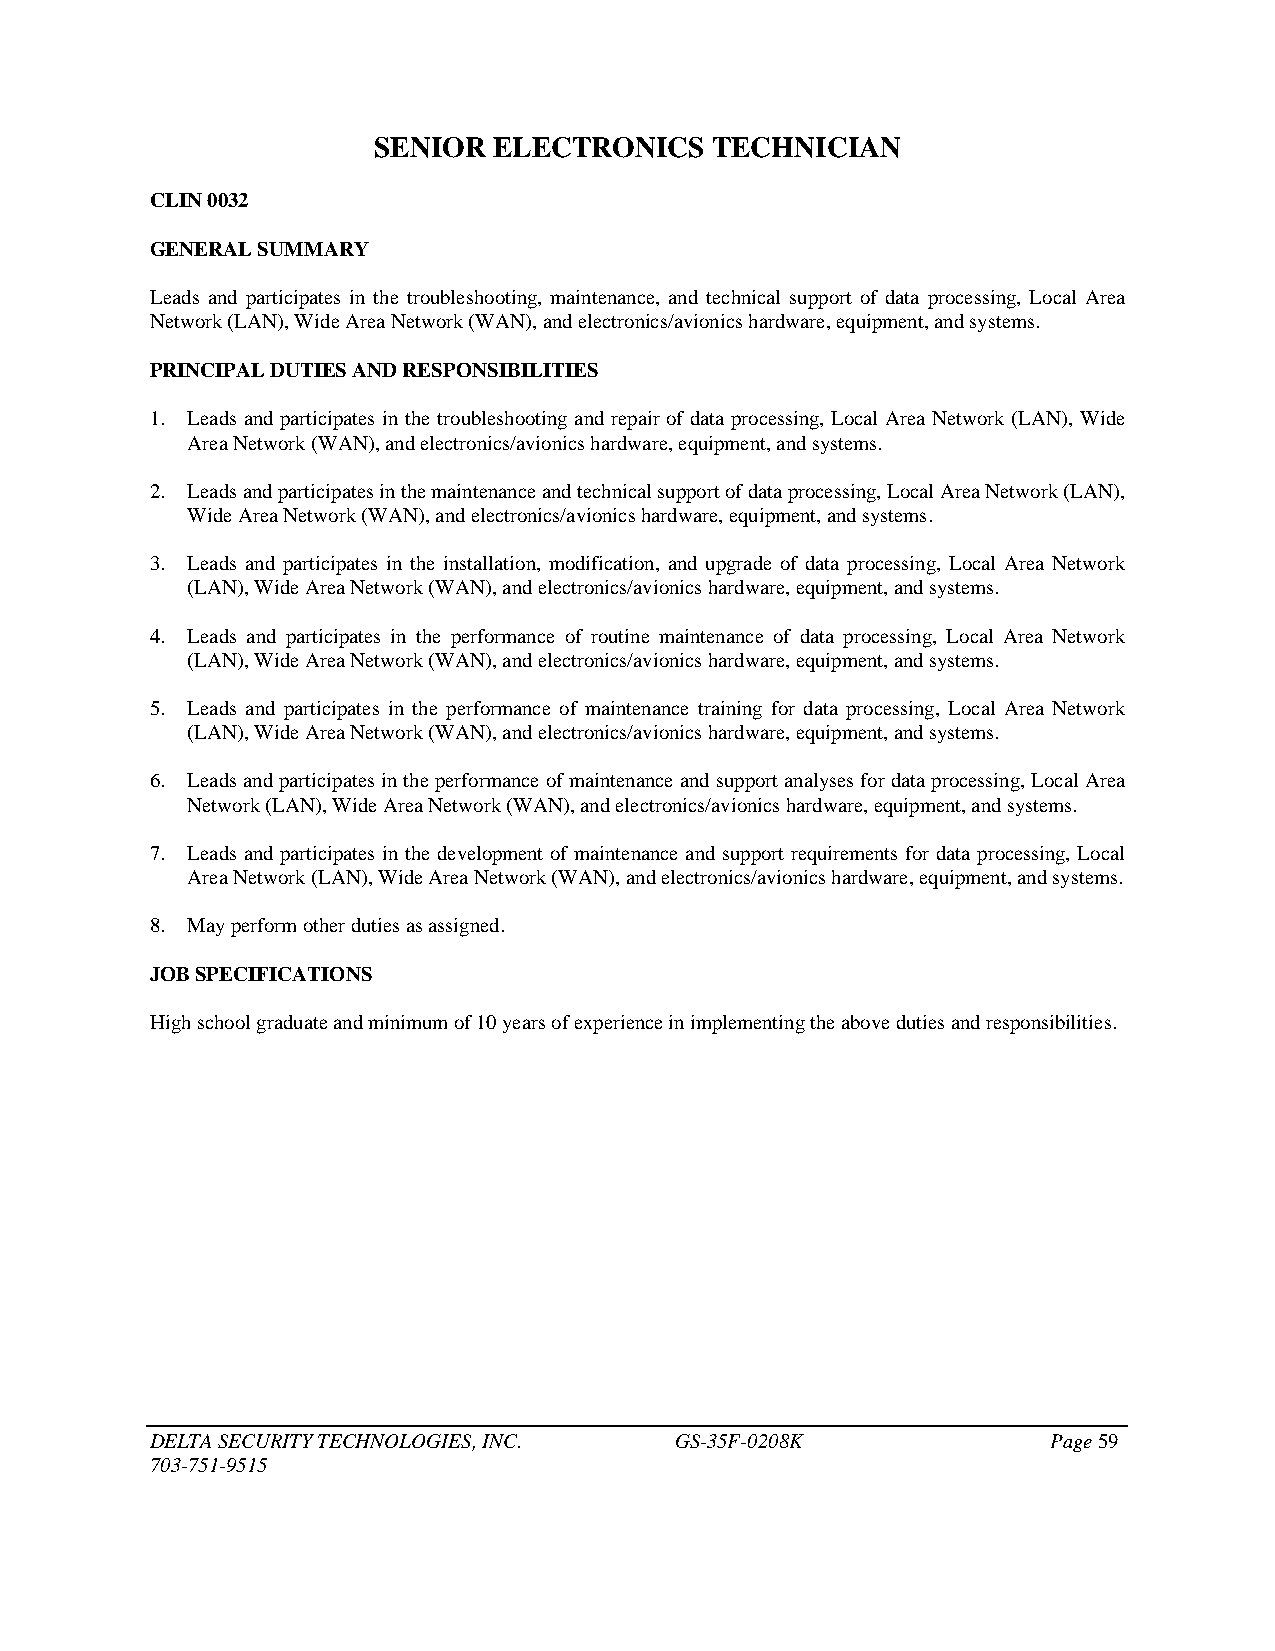
SENIOR  ELECTRONICS   TECHNICIAN
 CLIN 0032
 GENERAL SUMMARY
 Leads and participates in the troubleshooting, maintenance, and technical support of data processing, Local Area
 Network (LAN), Wide Area Network (WAN), and electronics/avionics hardware, equipment, and systems.
 PRINCIPAL DUTIES AND RESPONSIBILITIES
 1. Leads and participates in the troubleshooting and repair of data processing, Local Area Network (LAN), Wide
 Area Network (WAN), and electronics/avionics hardware, equipment, and systems.
 2. Leads and participates in the maintenance and technical support of data processing, Local Area Network (LAN),
 Wide Area Network (WAN), and electronics/avionics hardware, equipment, and systems.
 3. Leads and participates in the installation, modification, and upgrade of data processing, Local Area Network
 (LAN), Wide Area Network (WAN), and electronics/avionics hardware, equipment, and systems.
 4. Leads and participates in the performance of routine maintenance of data processing, Local Area Network
 (LAN), Wide Area Network (WAN), and electronics/avionics hardware, equipment, and systems.
 5. Leads and participates in the performance of maintenance training for data processing, Local Area Network
 (LAN), Wide Area Network (WAN), and electronics/avionics hardware, equipment, and systems.
 6. Leads and participates in the performance of maintenance and support analyses for data processing, Local Area
 Network (LAN), Wide Area Network (WAN), and electronics/avionics hardware, equipment, and systems.
 7. Leads and participates in the development of maintenance and support requirements for data processing, Local
 Area Network (LAN), Wide Area Network (WAN), and electronics/avionics hardware, equipment, and systems.
 8. May perform other duties as assigned.
 JOB SPECIFICATIONS
 High school graduate and minimum of 10 years of experience in implementing the above duties and responsibilities.
 DELTA SECURITY TECHNOLOGIES, INC.  GS-35F-0208K             Page 59
 703-751-9515